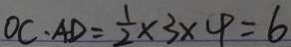
O C \cdot A D = \frac { 1 } { 2 } \times 3 \times 4 = 6